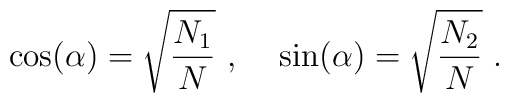
\cos(\alpha)=\sqrt{{N_1\over N}}~,~~~\sin(\alpha)=\sqrt{{N_2\over N}}~.